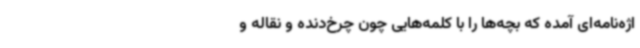
اژه‌نامه‌ای آمده که بچه‌ها را با کلمه‌هایی چون چرخ‌دنده و نقاله و